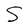
Character: t